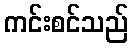
ကင်းစင်သည်